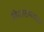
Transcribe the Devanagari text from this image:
विशाखपत्तनम